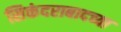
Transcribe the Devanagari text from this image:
सिकंदराबादच्या